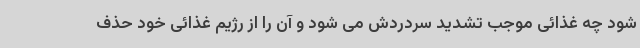
شود چه غذائی موجب تشدید سردردش می شود و آن را از رژیم غذائی خود حذف